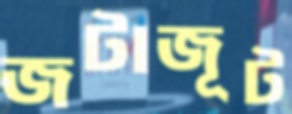
জটাজূট